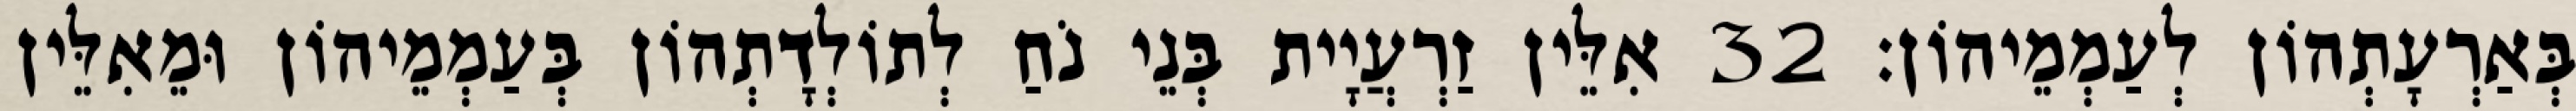
בְּאַרְעָתְהוֹן לְעַמְמֵיהוֹן׃ 32 אִלֵּין זַרְעֲיָית בְּנֵי נֹחַ לְתוֹלְדָתְהוֹן בְּעַמְמֵיהוֹן וּמֵאִלֵּין